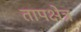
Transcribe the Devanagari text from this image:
तापक्षेत्र